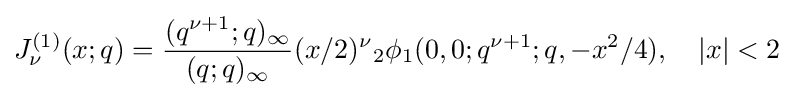
J_{\nu }^{(1)}(x;q)={\frac {(q^{\nu +1};q)_{\infty }}{(q;q)_{\infty }}}(x/2)^{\nu }{}_{2}\phi _{1}(0,0;q^{\nu +1};q,-x^{2}/4),\quad |x|<2